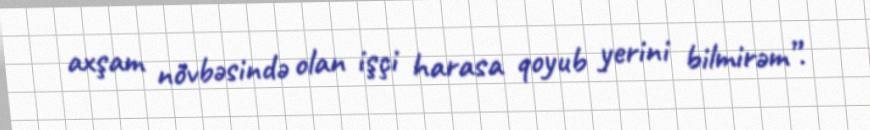
axşam növbəsində olan işçi harasa qoyub yerini bilmirəm”.